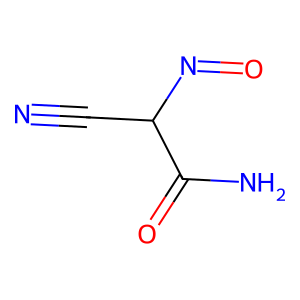
SMILES: N#CC(N=O)C(N)=O
Inhibits HIV replication: No